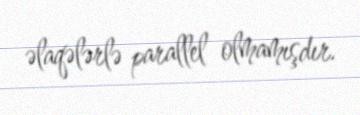
əlaqələrlə parallel olmamışdır.